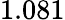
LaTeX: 1.081